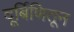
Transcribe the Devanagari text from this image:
दूर्बिणितून